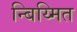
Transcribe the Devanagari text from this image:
न्बिय्मित